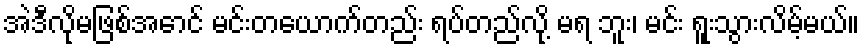
အဲဒီလိုမဖြစ်အောင် မင်းတယောက်တည်း ရပ်တည်လို့ မရ ဘူး၊ မင်း ရူးသွားလိမ့်မယ်။